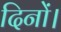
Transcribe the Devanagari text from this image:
दिनों।